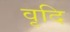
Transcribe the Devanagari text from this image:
वृदि